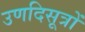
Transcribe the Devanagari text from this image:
उणदिसूत्रों